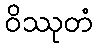
ဝိဿုတံ